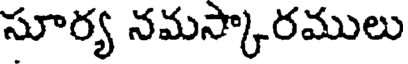
సూర్య నమస్కారములు